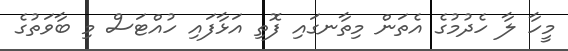
މީހާ ލާ ހެދުމުގެ އެތަން މިތާނގައި ފޮތި އަޅާފައި ހުއްޓަސް މި ބާވަތުގެ